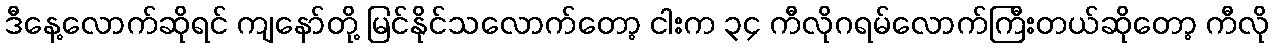
ဒီနေ့လောက်ဆိုရင် ကျနော်တို့ မြင်နိုင်သလောက်တော့ ငါးက ၃၄ ကီလိုဂရမ်လောက်ကြီးတယ်ဆိုတော့ ကီလို